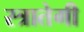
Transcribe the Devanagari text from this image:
स्त्रातेगी